Civil Veterinary Dept. Bombay admin report 1907-1913 - 1907-1913
Year: 1907
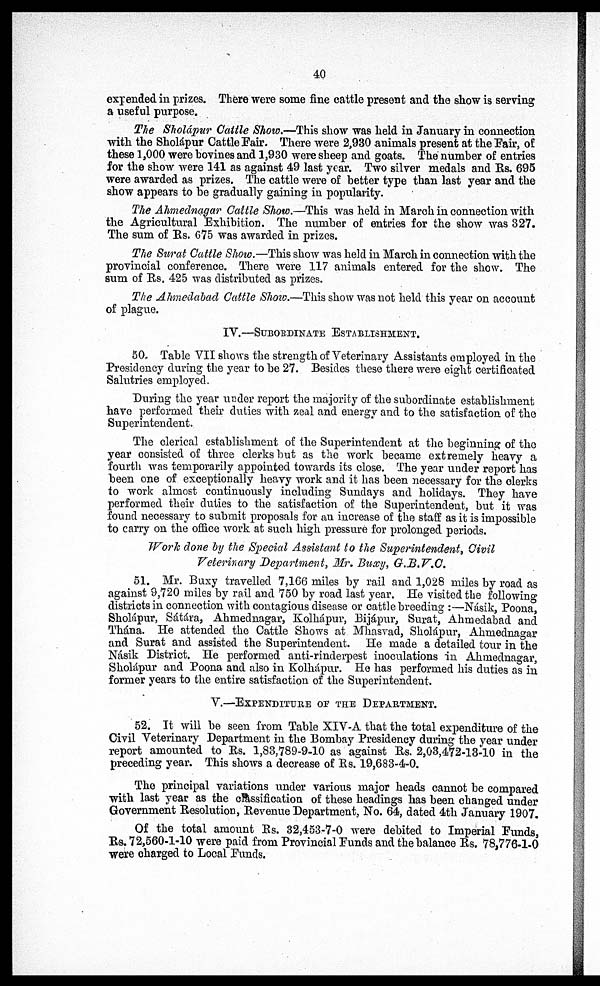
40
expended in prizes. There were some fine cattle present and the show is serving
a useful purpose.
The Sholápur Cattle Show.—This show was held in January in connection
with the Sholápur Cattle Fair. There were 2,930 animals present at the Fair, of
these 1,000 were bovines and 1,930 were sheep and goats. The number of entries
for the show were 141 as against 49 last year. Two silver medals and Rs. 695
were awarded as prizes. The cattle were of better type than last year and the
show appears to be gradually gaining in popularity.
The Ahmednagar Cattle Show.—This was held in March in connection with
the Agricultural Exhibition. The number of entries for the show was 327.
The sum of Rs. G75 was awarded in prizes.
The Surat Cattle Show.—This show was held in March in connection with the
provincial conference. There were 117 animals entered for the show. The
sum of Rs. 425 was distributed as prizes.
The Ahmedabad Cattle Show.—This show was not held this year on account
of plague.
IV.—SUBORDINATE
ESTABLISHMENT.
50. Table VII shows the strength of Veterinary Assistants employed in the
Presidency during the year to be 27. Besides these there were eight certificated
Salutries employed.
During the year under report the majority of the subordinate establishment
have performed their duties with zeal and energy and to the satisfaction of the
Superintendent.
The clerical establishment of the Superintendent at the beginning of the
year consisted of three clerks but as the work became extremely heavy a
fourth was temporarily appointed towards its close. The year under report has
been one of exceptionally heavy work and it has been necessary for the clerks
to work almost continuously including Sundays and holidays. They have
performed their duties to the satisfaction of the Superintendent, but it was
found necessary to submit proposals for an increase of the staff as it is impossible
to carry on the office work at such high pressure for prolonged periods.
Work done by the Special Assistant to the Superintendent, Civil
Veterinary Department, Mr. Buxy, G.B.V.C.
51. Mr. Buxy travelled 7,106 miles by rail and 1,028 miles by road as
against 9,720 miles by rail and 750 by road last year. He visited the following
districts in connection with contagious disease or cattle breeding :—Násik, Poona,
Sholápur, Sátára, Ahmednagar, Kolhápur, Bijápur, Surat, Ahmedabad and
Thána. He attended the Cattle Shows at Mhasvad, Sholápur, Ahmednagar
and Surat and assisted the Superintendent. He made a detailed tour in the
Násik District. He performed anti-rinderpest inoculations in Ahmednagar,
Sholápur and Poona and also in Kolhápur. Ho has performed his duties as in
former years to the entire satisfaction of the Superintendent.
V.—EXPENDITURE OF THE DEPARTMENT.
52. It will be seen from Table XIV-A that the total expenditure of the
Civil Veterinary Department in the Bombay Presidency during the year under
report amounted to Rs. 1,83,789-9-10 as against Rs. 2,03,472-13-10 in the
preceding year. This shows a decrease of Rs. 19,683-4-0.
The principal variations under various major heads cannot be compared
with last year as the classification of these headings has been changed under
Government Resolution, Revenue Department, No. 64, dated 4th January 1907.
Of the total amount Rs. 32,453-7-0 were debited to Imperial Funds,
Rs. 72,560-1-10 were paid from Provincial Runds and the balance Rs. 78,776-1-0
were charged to Local Funds.